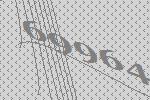
69964